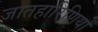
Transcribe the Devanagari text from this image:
जातहारिणियों